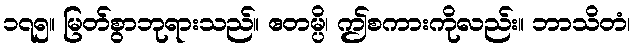
၁၇၅။ မြတ်စွာဘုရားသည်။ ဧတမ္ပိ၊ ဤစကားကိုလည်း။ ဘာသိတံ၊